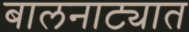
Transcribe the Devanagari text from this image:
बालनाट्यात